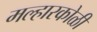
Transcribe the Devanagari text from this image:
मल्हारकोळी